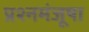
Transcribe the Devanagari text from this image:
प्रश्नमंजूषा